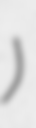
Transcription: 天冠山)